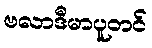
ဗလာဒီမာပူတင်